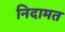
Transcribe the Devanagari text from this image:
निदामत